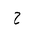
Letter: _ha